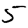
Digit: 5